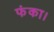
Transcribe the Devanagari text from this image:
फंका।